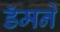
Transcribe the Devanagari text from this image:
डॅमने